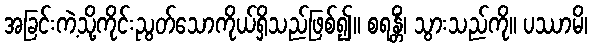
အခြင်းကဲ့သို့ကိုင်းညွတ်သောကိုယ်ရှိသည်ဖြစ်၍။ စရန္တိံ၊ သွားသည်ကို။ ပဿာမိ၊